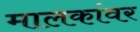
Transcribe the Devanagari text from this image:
मालकांवर